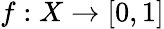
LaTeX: f:X\to[0,1]